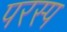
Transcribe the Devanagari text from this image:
परस्प